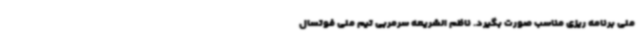
ملی برنامه ریزی مناسب صورت بگیرد. ناظم الشریعه سرمربی تیم ملی فوتسال